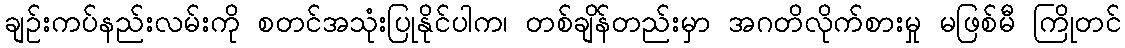
ချဉ်းကပ်နည်းလမ်းကို စတင်အသုံးပြုနိုင်ပါက၊ တစ်ချိန်တည်းမှာ အဂတိလိုက်စားမှု မဖြစ်မီ ကြိုတင်